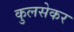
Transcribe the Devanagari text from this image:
कुलसेकर